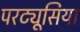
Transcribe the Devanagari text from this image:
परट्यूसिया